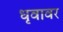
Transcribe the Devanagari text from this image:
धृवावर